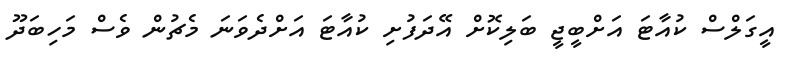
އީގަލްސް ކުއާޓަ އަށްބީޖީ ބަލިކޮށް އޭދަފުށި ކުއާޓަ އަށްދެވަނަ މެޗުން ވެސް މަހިބަދޫ